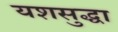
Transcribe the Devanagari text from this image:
यशसुद्धा